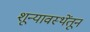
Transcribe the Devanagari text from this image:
शून्यावस्थेंतून